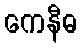
ကေနီဓ